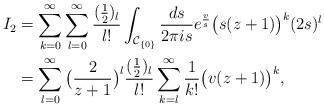
LaTeX: \begin{align*} I_2 &=\sum_{k=0}^{\infty} \sum_{l=0}^{\infty} \frac{(\frac{1}{2})_{l}}{l!} \int_{\mathcal{C}_{\{0\}}} \frac{ds}{2 \pi is} e^{\frac{v}{s}} \big(s(z+1)\big)^k (2s)^l \\ &= \sum_{l=0}^{\infty} \big(\frac{2}{z+1}\big)^l \frac{(\frac{1}{2})_{l}}{l!} \sum_{k=l}^{\infty} \frac{1}{k!} \big(v(z+1)\big)^k, \end{align*}